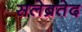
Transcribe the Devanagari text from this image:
सलेब्रतेद